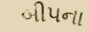
બીપના